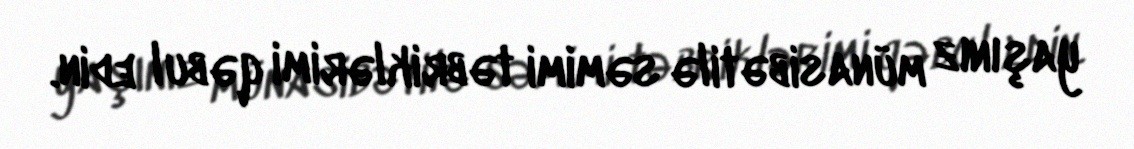
yaşınız münasibətilə səmimi təbriklərimi qəbul edin.